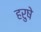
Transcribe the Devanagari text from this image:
हरुषे